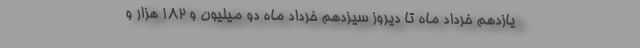
یازدهم خرداد ماه تا دیروز سیزدهم خرداد ماه دو میلیون و ۱۸۲ هزار و